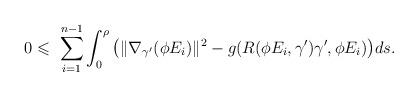
LaTeX: \begin{align*}0\leqslant\ \sum\limits_{i=1}^{n-1}\int_0^{\rho}\big(\Vert\nabla_{\gamma^{\prime}}(\phi E_i)\Vert^2-g(R(\phi E_i,\gamma^{\prime})\gamma^{\prime},\phi E_i)\big)ds.\end{align*}